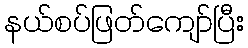
နယ်စပ်ဖြတ်ကျော်ပြီး